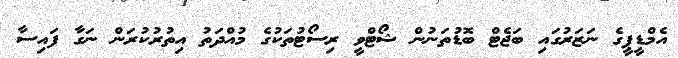
އެމްޑީޕީގެ ނަޒަރުގައި ބަޖެޓް ބޮޑުތަނުން ޝޯޓްވީ ރިސޯޓުތަކުގެ މުއްދަތު އިތުރުކުރަން ނަގާ ފައިސާ